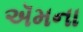
ઍમના